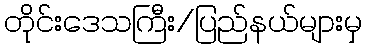
တိုင်းဒေသကြီး/ပြည်နယ်များမှ